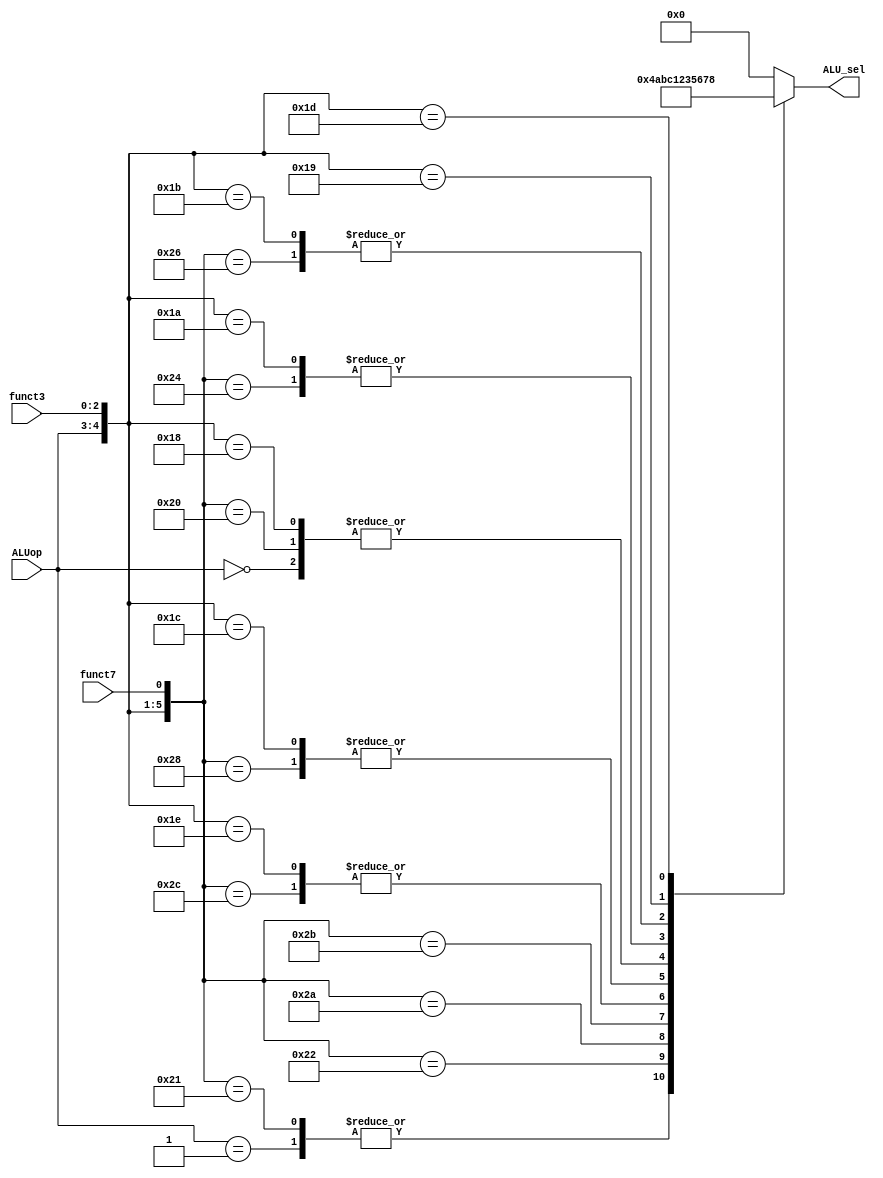
`timescale 1ns / 1ps


// Module Name: ALU_control

module ALU_control(input [1:0] ALUop, input [2:0] funct3, input funct7,
                   output reg [3:0] ALU_sel );


//need awl bit f funct 7 ely hya inst[25] lw ha n3ml l multiplication
// l output ha eb2a 5 bit lw ha n3ml multiplication 3shan ekfy el operations

wire [5:0] sel = {ALUop,funct3,funct7};

always @ (*)
    begin
    casex(sel)
    6'b00xxxx: begin ALU_sel = 4'b0011; end //add 3 (for JALR, stores, loads)
    6'b01xxxx: begin ALU_sel = 4'b0100; end // sub 4 (for branches)

    //R format
    6'b10_111_0: begin ALU_sel = 4'b0000; end //and 0 
    6'b10_110_0: begin ALU_sel = 4'b0001; end //or 1
    6'b10_100_0: begin ALU_sel = 4'b0010; end //xor 2
    6'b10_000_0: begin ALU_sel = 4'b0011; end //add 3
    6'b10_000_1: begin ALU_sel = 4'b0100; end //sub 4
    6'b10_010_0: begin ALU_sel = 4'b0101; end //slt 5
    6'b10_011_0: begin ALU_sel = 4'b0110; end //sltu 6
    6'b10_001_0: begin ALU_sel = 4'b1010; end //sll 10
    6'b10_101_0: begin ALU_sel = 4'b1011; end //srl 11
    6'b10_101_1: begin ALU_sel = 4'b1100; end //sra 12
    
    //I format
    6'b11_111_X: begin ALU_sel = 4'b0000; end //andi 0 
    6'b11_110_X: begin ALU_sel = 4'b0001; end //ori 1
    6'b11_100_X: begin ALU_sel = 4'b0010; end //xori 2
    6'b11_000_X: begin ALU_sel = 4'b0011; end //addi 3
    6'b11_010_X: begin ALU_sel = 4'b0101; end //slti 5
    6'b11_011_X: begin ALU_sel = 4'b0110; end //sltiu 6
    6'b11_001_X: begin ALU_sel = 4'b0111; end //slli 7
    6'b11_101_X: begin ALU_sel = 4'b1000; end //srli 8
    6'b11_101_X: begin ALU_sel = 4'b1001; end //srai 9

    default:   begin ALU_sel = 4'b0000; end

    endcase
    end
endmodule

/*
always @ (*)
    begin
    if (sel[5:4] == 2'b00)
        ALU_sel = 4'b0010;
    else if (sel[5:4] == 2'b01)
        ALU_sel = 4'b0110;
    else if (sel == 6'b100000)
        ALU_sel = 4'b0010;
    else if (sel == 6'b100001)
        ALU_sel = 4'b0110;
    else if (sel == 6'b101110)
        ALU_sel = 4'b0000;
    else if (sel == 6'b101100)
        ALU_sel = 4'b0001;            
    else
        ALU_sel = 4'b0000; 
    end
    */